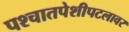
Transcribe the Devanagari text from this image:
पश्चातपेशीपटलावर